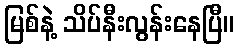
မြစ်နဲ့ သိပ်နီးလွန်းနေပြီ။